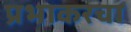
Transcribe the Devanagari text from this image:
प्रभाकरचा